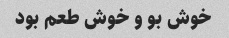
خوش بو و خوش طعم بود